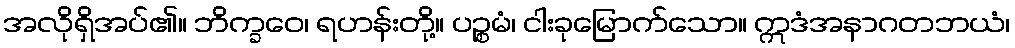
အလိုရှိအပ်၏။ ဘိက္ခဝေ၊ ရဟန်းတို့။ ပဉ္စမံ၊ ငါးခုမြောက်သော။ ဣဒံအနာဂတဘယံ၊